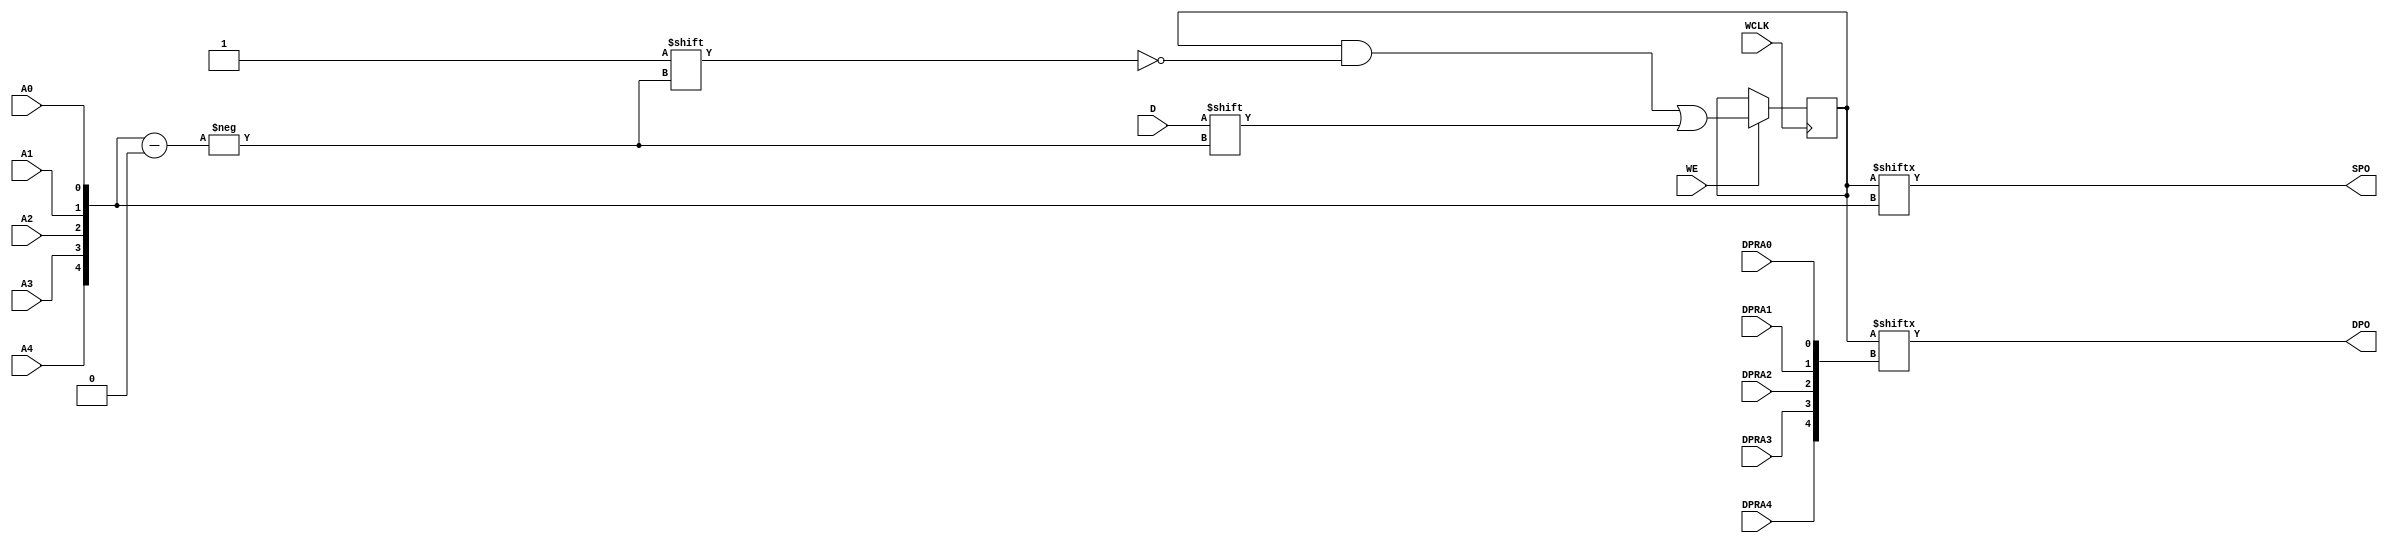
module RAM32X1D_1 (
  output DPO, SPO,
  input  D,
  (* clkbuf_sink *)
  (* invertible_pin = "IS_WCLK_INVERTED" *)
  input  WCLK,
  input  WE,
  input  A0,
  input  A1,
  input  A2,
  input  A3,
  input  A4,
  input  DPRA0, DPRA1, DPRA2, DPRA3, DPRA4
);
  parameter INIT = 32'h0;
  parameter IS_WCLK_INVERTED = 1'b0;
  wire [4:0] a = {A4, A3, A2, A1, A0};
  wire [4:0] dpra = {DPRA4, DPRA3, DPRA2, DPRA1, DPRA0};
  reg [31:0] mem = INIT;
  assign SPO = mem[a];
  assign DPO = mem[dpra];
  wire clk = WCLK ^ IS_WCLK_INVERTED;
  always @(negedge clk) if (WE) mem[a] <= D;
  specify
    // Max delay from: https://github.com/SymbiFlow/prjxray-db/blob/31f51ac5ec7448dd6f79a8267f147123e4413c21/artix7/timings/CLBLM_R.sdf#L986
    $setup(D , negedge WCLK &&& WE, 453);
    // Max delay from: https://github.com/SymbiFlow/prjxray-db/blob/31f51ac5ec7448dd6f79a8267f147123e4413c21/artix7/timings/CLBLM_R.sdf#L834
    $setup(WE, negedge WCLK, 654);
    // Max delay from: https://github.com/SymbiFlow/prjxray-db/blob/31f51ac5ec7448dd6f79a8267f147123e4413c21/artix7/timings/CLBLM_R.sdf#L800
    $setup(A0, negedge WCLK &&& WE, 245);
    // Max delay from: https://github.com/SymbiFlow/prjxray-db/blob/31f51ac5ec7448dd6f79a8267f147123e4413c21/artix7/timings/CLBLM_R.sdf#L798
    $setup(A1, negedge WCLK &&& WE, 208);
    // Max delay from: https://github.com/SymbiFlow/prjxray-db/blob/31f51ac5ec7448dd6f79a8267f147123e4413c21/artix7/timings/CLBLM_R.sdf#L796
    $setup(A2, negedge WCLK &&& WE, 147);
    // Max delay from: https://github.com/SymbiFlow/prjxray-db/blob/31f51ac5ec7448dd6f79a8267f147123e4413c21/artix7/timings/CLBLM_R.sdf#L794
    $setup(A3, negedge WCLK &&& WE, 68);
    // Max delay from: https://github.com/SymbiFlow/prjxray-db/blob/31f51ac5ec7448dd6f79a8267f147123e4413c21/artix7/timings/CLBLM_R.sdf#L792
    $setup(A4, negedge WCLK &&& WE, 66);
    // Max delay from: https://github.com/SymbiFlow/prjxray-db/blob/31f51ac5ec7448dd6f79a8267f147123e4413c21/artix7/timings/CLBLM_R.sdf#L981
    if (WE) (negedge WCLK => (SPO : D))    = 1153;
    if (WE) (negedge WCLK => (DPO : 1'bx)) = 1153;
    (A0 => SPO) = 642; (DPRA0 => DPO) = 642;
    (A1 => SPO) = 632; (DPRA1 => DPO) = 631;
    (A2 => SPO) = 472; (DPRA2 => DPO) = 472;
    (A3 => SPO) = 407; (DPRA3 => DPO) = 407;
    (A4 => SPO) = 238; (DPRA4 => DPO) = 238;
  endspecify
endmodule